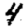
Digit: 4